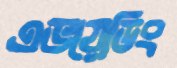
এভয়েডিং